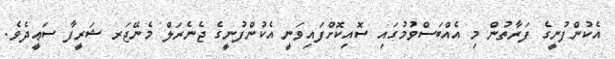
އެކުންފުނީގެ ފަރާތުން މި އެއްބަސްވުމުގައި ސޮއިކޮށްފައިވަނީ އެކުންފުނީގެ ޖެނެރަލް މެނޭޖަރ ޝަރީފާ ސަޢީދެވެ.